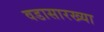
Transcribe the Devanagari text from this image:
वडासारख्या